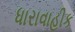
ધારાવાહીક